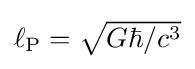
{\textstyle \ell _{\text{P}}={\sqrt {G\hbar /c^{3}}}}